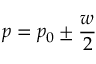
p = p _ { 0 } \pm { \frac { w } { 2 } }